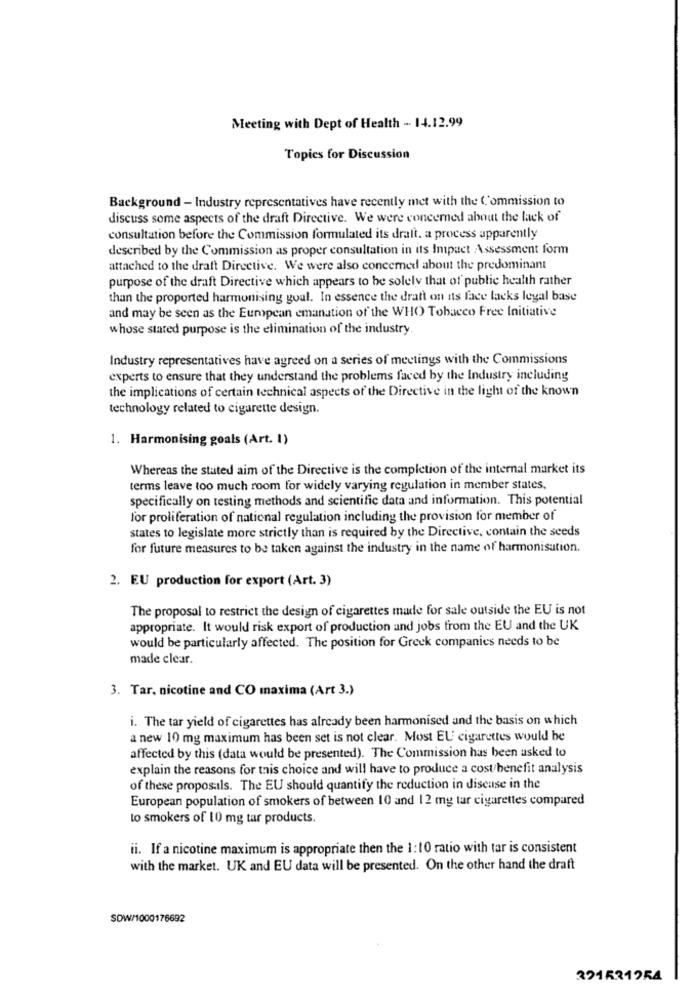
Meeting with Dept of Health - 14.12.99
Topics for Discussion
Background - Industry representatives have recently met with the Commission to
discuss some aspects of the draft Directive. We were concerned about the lack of
consultation before the Commission formulated its draft. a process apparently
described by the Commission as proper consultation in its Impact Assessment form
attached to the draft Directive. We were also concerned about the predominant
purpose of the draft Directive which appears to be solely that of public health rather
than the proported harmonising goal. In essence the draft on its face lacks legal base
and may be seen as the European emanation of the WHO Tobacco Free Initiative
whose stated purpose is the elimination of the industry
Industry representatives have agreed on a series of meetings with the Commissions
experts to ensure that they understand the problems faced by the Industry including
the implications of certain technical aspects of the Directive in the light of the known
technology related to cigarette design.
1. Harmonising goals (Art. 1)
Whereas the stated aim of the Directive is the completion of the internal market its
terms leave too much room for widely varying regulation in member states,
specifically on testing methods and scientific data and information. This potential
for proliferation of national regulation including the provision for member of
states to legislate more strictly than is required by the Directive, contain the seeds
for future measures to be taken against the industry in the name of harmonisation.
2. EU production for export (Art. 3)
The proposal to restrict the design of cigarettes made for sale outside the EU is not
appropriate. It would risk export of production and jobs from the EU and the UK
would be particularly affected. The position for Greek companies needs to be
made clear.
3. Tar. nicotine and CO maxima (Art 3.)
i. The tar yield of cigarettes has already been harmonised and the basis on which
a new 10 mg maximum has been set is not clear. Most EU cigarettes would be
affected by this (data would be presented). The Commission has been asked to
explain the reasons for this choice and will have to produce a cost/benefit analysis
of these proposals. The EU should quantify the reduction in disease in the
European population of smokers of between 10 and 12 my tar cigarettes compared
to smokers of 10 mg tar products.
ii. If a nicotine maximum is appropriate then the 1:10 ratio with tar is consistent
with the market. UK and EU data will be presented. On the other hand the draft
SOW/1000176692